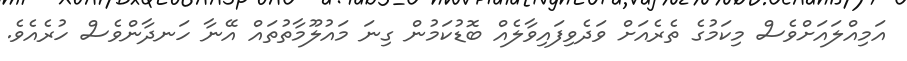
އަމިއްލައަށްވެސް މިކަމުގެ ތެރެއަށް ވަދެވިފައިވާލެއް ބޮޑުކަމުން ގިނަ މައުލޫމާތުތައް އޭނާ ހަނދާންވެސް ހުރެއެވެ.